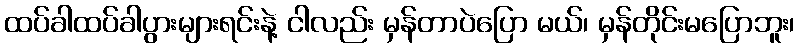
ထပ်ခါထပ်ခါပွားများရင်းနဲ့ ငါလည်း မှန်တာပဲပြော မယ်၊ မှန်တိုင်းမပြောဘူး၊